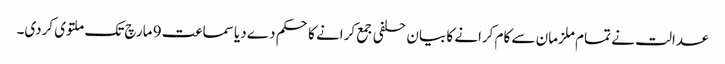
عدالت نے تمام ملزمان سے کام کرانے کا بیان حلفی جمع کرانے کا حکم دے دیا سماعت 9 مارچ تک ملتوی کردی۔